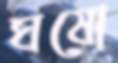
ঘষো